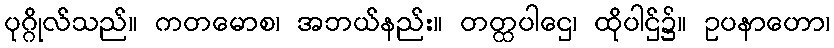
ပုဂ္ဂိုလ်သည်။ ကတမောစ၊ အဘယ်နည်း။ တတ္ထပါဌေ၊ ထိုပါဌ်၌။ ဥပနာဟော၊